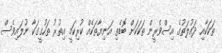
ތަކަކާއި ދައުލަތުގެ އިސްވެރީން ތަކަކަށް ބޮޑެތި އަނިޔާތަކެއް ކުރިކަމީ އިތުރު ތަހުގީގަކާ ނުލައިވެސް